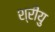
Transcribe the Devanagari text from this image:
श्रीयु